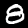
Label: 8